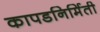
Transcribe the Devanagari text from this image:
कापडनिर्मिती